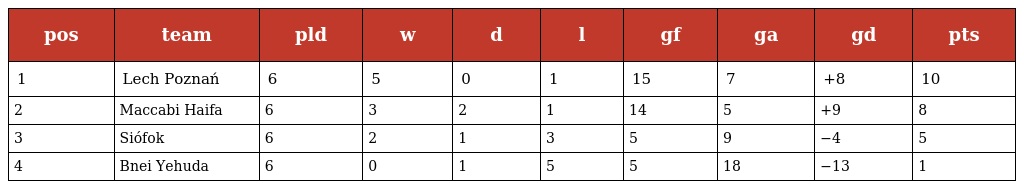
| pos | team | pld | w | d | l | gf | ga | gd | pts |
 | --- | --- | --- | --- | --- | --- | --- | --- | --- | --- |
 | 1 | Lech Poznań | 6 | 5 | 0 | 1 | 15 | 7 | +8 | 10 |
 | 2 | Maccabi Haifa | 6 | 3 | 2 | 1 | 14 | 5 | +9 | 8 |
 | 3 | Siófok | 6 | 2 | 1 | 3 | 5 | 9 | −4 | 5 |
 | 4 | Bnei Yehuda | 6 | 0 | 1 | 5 | 5 | 18 | −13 | 1 |